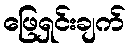
ဖြေရှင်းချက်